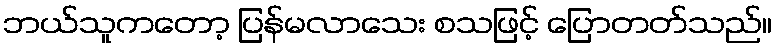
ဘယ်သူကတော့ ပြန်မလာသေး စသဖြင့် ပြောတတ်သည်။